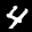
Label: 4